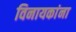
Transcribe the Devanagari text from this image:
विनायकांना